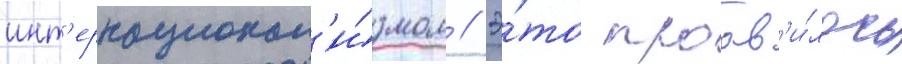
инт'ернационал'и́змом // Э́то проав'и́лось